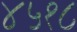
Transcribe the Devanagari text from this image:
४५१८